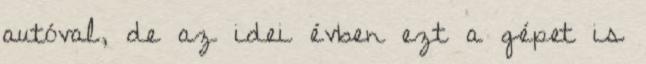
autóval, de az idei évben ezt a gépet is